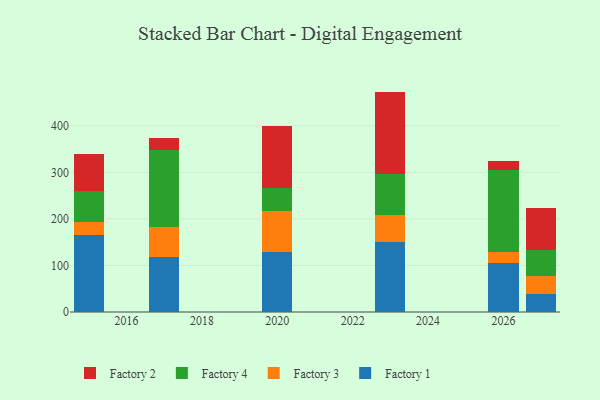
{"axis": {"x": "Year", "y": "Churn Rate (%)"}, "legend": ["Factory 1", "Factory 2", "Factory 3", "Factory 4"], "data": [{"x": "2023", "y": 150.2, "type": "Factory 1"}, {"x": "2023", "y": 59.2, "type": "Factory 3"}, {"x": "2023", "y": 86.9, "type": "Factory 4"}, {"x": "2023", "y": 177.1, "type": "Factory 2"}, {"x": "2026", "y": 106.3, "type": "Factory 1"}, {"x": "2026", "y": 22.8, "type": "Factory 3"}, {"x": "2026", "y": 176.3, "type": "Factory 4"}, {"x": "2026", "y": 19.9, "type": "Factory 2"}, {"x": "2017", "y": 119.1, "type": "Factory 1"}, {"x": "2017", "y": 64.3, "type": "Factory 3"}, {"x": "2017", "y": 164.1, "type": "Factory 4"}, {"x": "2017", "y": 26.7, "type": "Factory 2"}, {"x": "2015", "y": 164.6, "type": "Factory 1"}, {"x": "2015", "y": 29.5, "type": "Factory 3"}, {"x": "2015", "y": 66.5, "type": "Factory 4"}, {"x": "2015", "y": 78.3, "type": "Factory 2"}, {"x": "2027", "y": 37.7, "type": "Factory 1"}, {"x": "2027", "y": 38.7, "type": "Factory 3"}, {"x": "2027", "y": 56.1, "type": "Factory 4"}, {"x": "2027", "y": 90.6, "type": "Factory 2"}, {"x": "2020", "y": 129.5, "type": "Factory 1"}, {"x": "2020", "y": 87.5, "type": "Factory 3"}, {"x": "2020", "y": 50.2, "type": "Factory 4"}, {"x": "2020", "y": 131.5, "type": "Factory 2"}]}